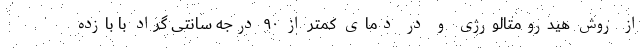
از روش هیدرومتالورژی و در دمای کمتر از ۹۰ درجه سانتی گراد با بازده